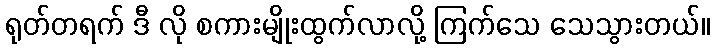
ရုတ်တရက် ဒီ လို စကားမျိုးထွက်လာလို့ ကြက်သေ သေသွားတယ်။